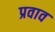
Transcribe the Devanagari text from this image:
प्रवाव